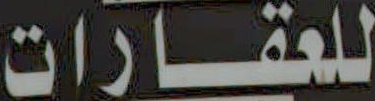
للعقارات